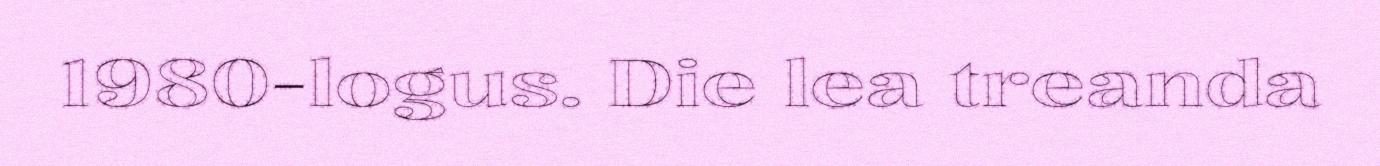
1980-logus. Die lea treanda